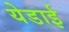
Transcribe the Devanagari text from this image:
येडाई